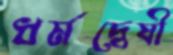
ধর্মদ্বেষী